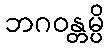
ဘဂဝန္တမ္ပိ